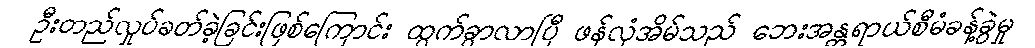
ဦးတည်လှုပ်ခတ်ခဲ့ခြင်းဖြစ်ကြောင်း ထွက်ခွာလာပြီ ဖန်လုံအိမ်သည် ဘေးအန္တရာယ်စီမံခန့်ခွဲမှု